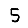
Digit: 5